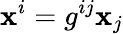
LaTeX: \mathbf{x}^{i}=g^{ij}\mathbf{x}_{j}